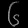
Digit: ၆